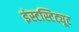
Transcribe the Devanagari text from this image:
इंस्टस्टिट्यूट